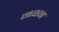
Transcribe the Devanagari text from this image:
नक्ष्न